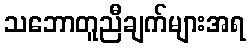
သဘောတူညီချက်များအရ